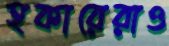
হকারেরাও